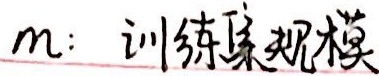
$m$：训练集规模